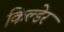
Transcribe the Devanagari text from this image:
किल्डेर